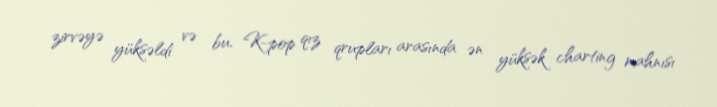
zirvəyə yüksəldi və bu, K-pop qız qrupları arasında ən yüksək charting mahnısı